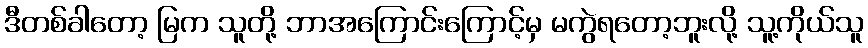
ဒီတစ်ခါတော့ မြက သူတို့ ဘာအကြောင်းကြောင့်မှ မကွဲရတော့ဘူးလို့ သူ့ကိုယ်သူ